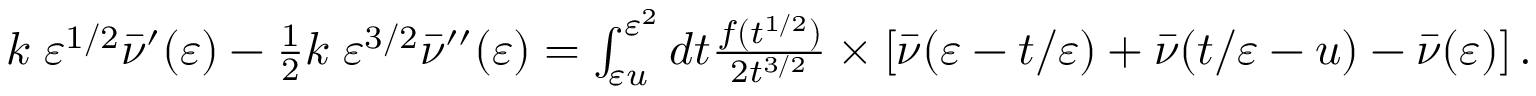
\begin{array} { r } { k \; \varepsilon ^ { 1 / 2 } \bar { \nu } ^ { \prime } ( \varepsilon ) - \frac { 1 } { 2 } k \; \varepsilon ^ { 3 / 2 } \bar { \nu } ^ { \prime \prime } ( \varepsilon ) = \int _ { \varepsilon u } ^ { \varepsilon ^ { 2 } } d t \frac { f ( t ^ { 1 / 2 } ) } { 2 t ^ { 3 / 2 } } \times \left[ \bar { \nu } ( \varepsilon - t / \varepsilon ) + \bar { \nu } ( t / \varepsilon - u ) - \bar { \nu } ( \varepsilon ) \right] . } \end{array}